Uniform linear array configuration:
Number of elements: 8
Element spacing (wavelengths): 0.5
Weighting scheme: exponential
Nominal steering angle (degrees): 30
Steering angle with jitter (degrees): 31.968
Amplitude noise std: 0.05
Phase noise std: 0.05

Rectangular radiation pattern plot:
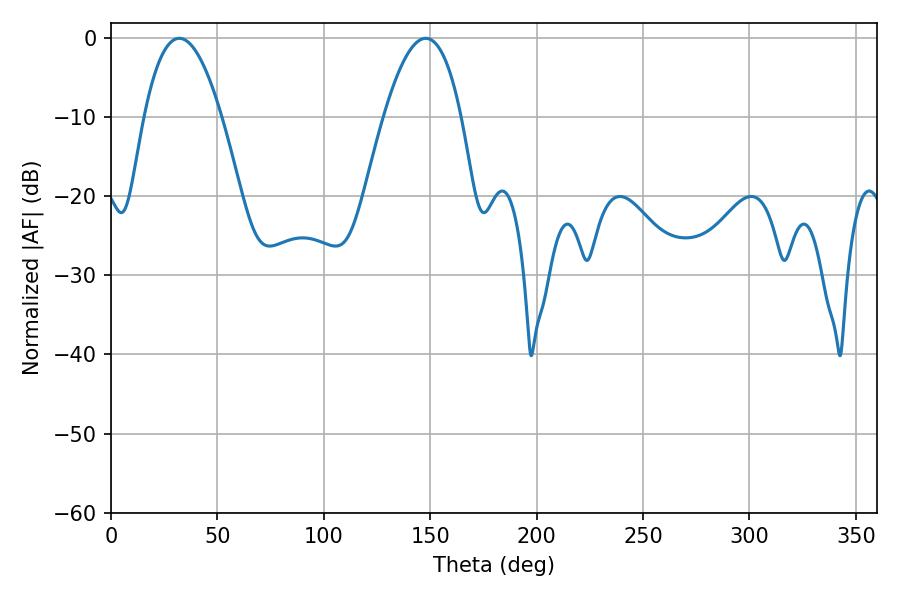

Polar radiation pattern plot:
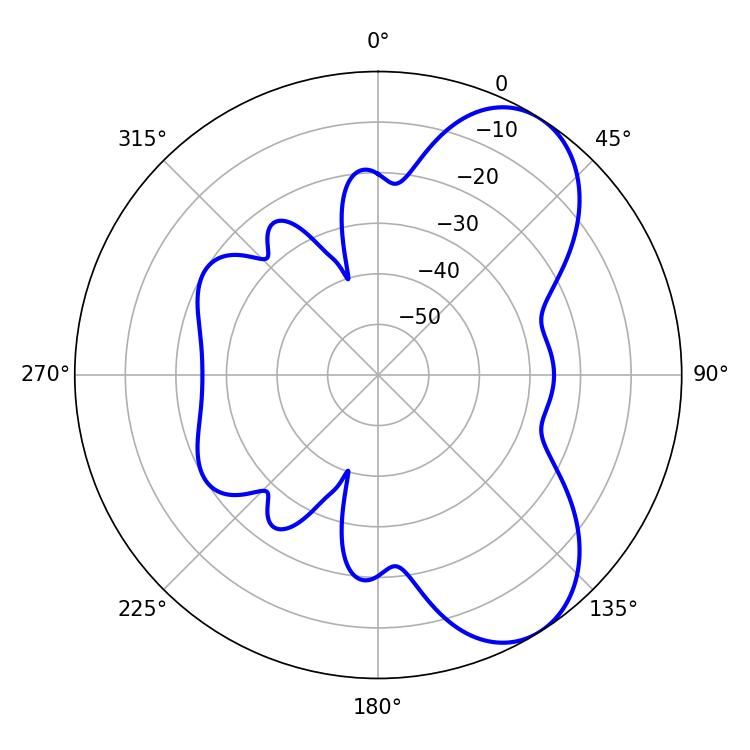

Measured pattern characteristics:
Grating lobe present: FALSE
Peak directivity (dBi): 6.998
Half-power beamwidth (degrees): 19.98
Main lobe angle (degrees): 32.04